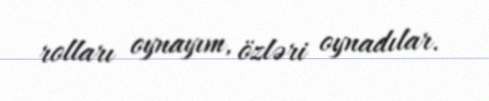
rolları oynayım, özləri oynadılar.